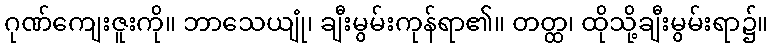
ဂုဏ်ကျေးဇူးကို။ ဘာသေယျုံ၊ ချီးမွမ်းကုန်ရာ၏။ တတ္ထ၊ ထိုသို့ချီးမွမ်းရာ၌။